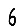
Digit: 6